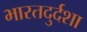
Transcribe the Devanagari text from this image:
भारतदुर्दशा